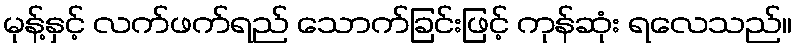
မုန့်နှင့် လက်ဖက်ရည် သောက်ခြင်းဖြင့် ကုန်ဆုံး ရလေသည်။